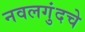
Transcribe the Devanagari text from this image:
नवलगुंदचे